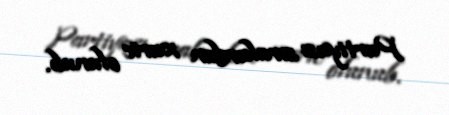
Partiyası sıralardan xaric olunub.